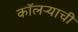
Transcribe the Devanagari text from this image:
कॉलऱ्याची